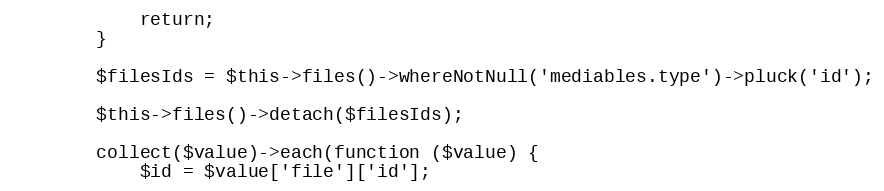
Language: PHP
            return;
        }

        $filesIds = $this->files()->whereNotNull('mediables.type')->pluck('id');

        $this->files()->detach($filesIds);

        collect($value)->each(function ($value) {
            $id = $value['file']['id'];